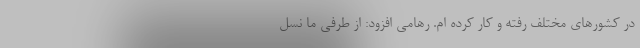
در کشورهای مختلف رفته و کار کرده ام. رهامی افزود: از طرفی ما نسل